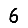
Digit: 6